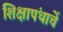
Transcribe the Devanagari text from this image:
शिक्षापंथाचें